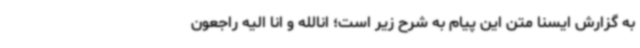
به گزارش ایسنا متن این پیام به شرح زیر است؛ انالله و انا الیه راجعون